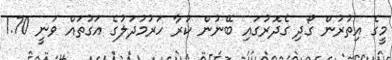
މީގެ އިތުރުން ގޯދި ގެދޮރުގައި ބޭނުން ކުރާ ހަރުމުދަލުގެ އަގުތައް ވަނީ 1.70